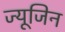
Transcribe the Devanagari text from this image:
ज्यूजिन